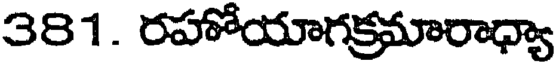
381. రహోయాగక్రమారాధ్యా